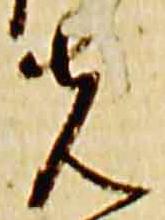
先